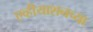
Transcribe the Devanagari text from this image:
एव्हीयाशनच्या